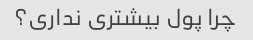
چرا پول بیشتری نداری؟